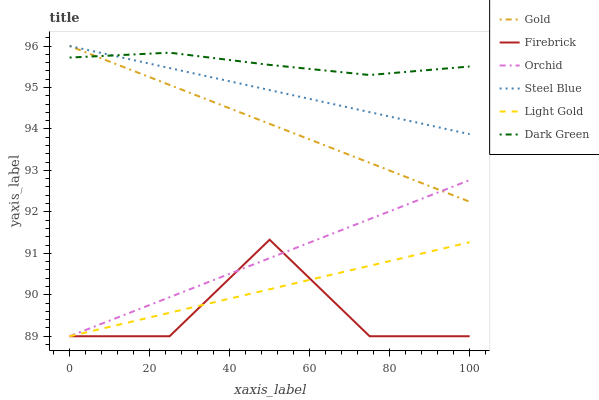
| xaxis_label | Gold | Firebrick | Orchid | Steel Blue | Light Gold | Dark Green |
 | --- | --- | --- | --- | --- | --- | --- |
 | 0 | 96 | 89 | 89 | 96 | 89 | 95.7 |
 | 25 | 95.1 | 89 | 89.9 | 95.5 | 89.6 | 95.8 |
 | 50 | 94.1 | 91.3 | 90.9 | 94.9 | 90.1 | 95.5 |
 | 75 | 93.2 | 89 | 91.8 | 94.4 | 90.7 | 95.3 |
 | 100 | 92.2 | 89 | 92.8 | 93.9 | 91.3 | 95.5 |